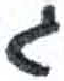
אות: ג